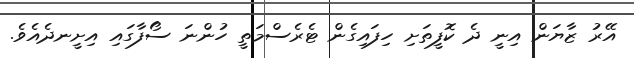
އޭރު ޒާޔަން އިނީ ދެ ކޮފީތަށި ހިފައިގެން ޓެރެސްމަތީ ހުންނަ ސޯފާގައި އިށީނދެއެވެ.